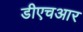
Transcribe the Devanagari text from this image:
डीएचआर